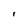
Character: i